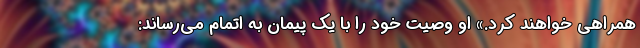
همراهی خواهند کرد.» او وصیت خود را با یک پیمان به اتمام می‌رساند: